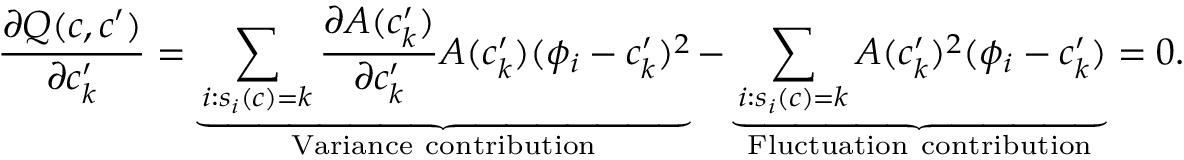
{ \frac { \partial Q ( c , c ^ { \prime } ) } { \partial c _ { k } ^ { \prime } } = \underbrace { \sum _ { i : s _ { i } ( c ) = k } \frac { \partial A ( c _ { k } ^ { \prime } ) } { \partial c _ { k } ^ { \prime } } A ( c _ { k } ^ { \prime } ) ( \phi _ { i } - c _ { k } ^ { \prime } ) ^ { 2 } } _ { \mathrm { V a r i a n c e ~ c o n t r i b u t i o n } } - \underbrace { \sum _ { i : s _ { i } ( c ) = k } A ( c _ { k } ^ { \prime } ) ^ { 2 } ( \phi _ { i } - c _ { k } ^ { \prime } ) } _ { \mathrm { F l u c t u a t i o n ~ c o n t r i b u t i o n } } = 0 . }